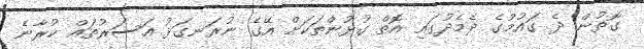
ގޮތުން ދެ ގައުމުގެ ދެމެދުގައި އޮތް ގުޅުންތަކަށް އޭގެ ނުރަނގަޅު އަސަރުތައް ކުރާނެ